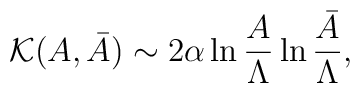
{\cal K}(A,\bar A)\sim 2\alpha\ln {A\over \Lambda}\ln {\bar A\over \Lambda},